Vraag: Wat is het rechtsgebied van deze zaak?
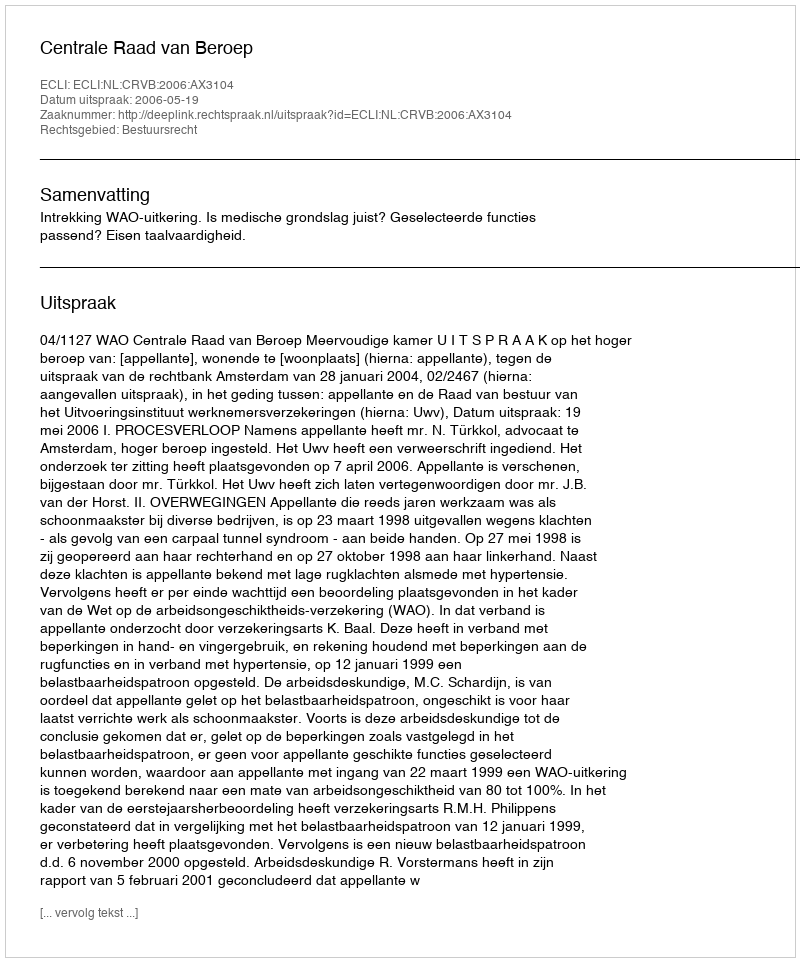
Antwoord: Bestuursrecht